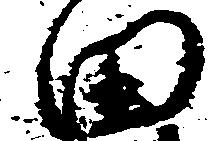
田